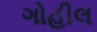
ગોહીલ